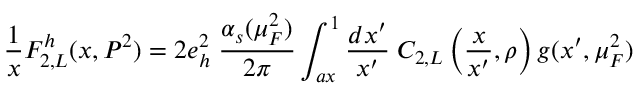
\frac { 1 } { x } F _ { 2 , L } ^ { h } ( x , P ^ { 2 } ) = 2 e _ { h } ^ { 2 } \; \frac { \alpha _ { s } ( \mu _ { F } ^ { 2 } ) } { 2 \pi } \int _ { a x } ^ { 1 } \frac { d x ^ { \prime } } { x ^ { \prime } } \; C _ { 2 , L } \left( \frac { x } { x ^ { \prime } } , \rho \right) g ( x ^ { \prime } , \mu _ { F } ^ { 2 } )